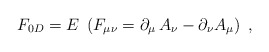
\begin{align*}F_{0D} =E \;\left(F_{\mu \nu} = \partial_\mu\,A_{\nu} - \partial _{\nu} A_\mu\right)\;,\end{align*}